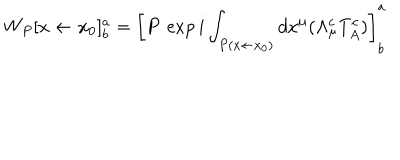
LaTeX: W _ { P } [ x \leftarrow x _ { 0 } ] _ { b } ^ { a } = \left[ P \: \exp i \int _ { P ( x \leftarrow x _ { 0 } ) } d x ^ { \mu } ( \Lambda _ { \mu } ^ { c } T _ { A } ^ { c } ) \right] _ { b } ^ { a }